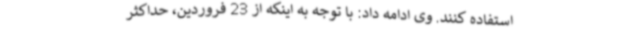
استفاده کنند. وی ادامه داد: با توجه به اینکه از 23 فروردین، حداکثر